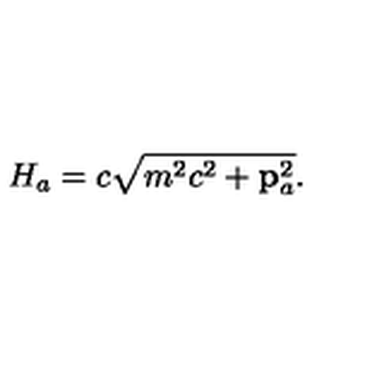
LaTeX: H _ { a } = c \sqrt { m ^ { 2 } c ^ { 2 } + { \bf p } _ { a } ^ { 2 } } .